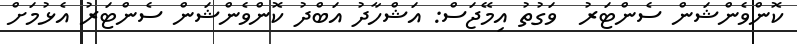
ކޮންވެންޝަން ސެންޓަރު  ވަގުތު އިމޭޖަސް: އަޝްހާދު އަބްދު ކޮންވެންޝަން ސެންޓަރު އެޅުމަށް